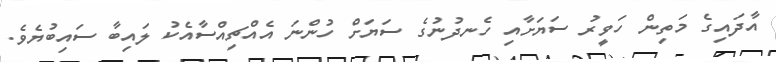
އާދައިގެ މަތިން ހަވީރު ސަޔަށާއި ހެނދުނުގެ ސަޔަށް ހުންނަ އެއްޗިއްސާއެކު ލައިބާ ސައިބުޔެވެ.